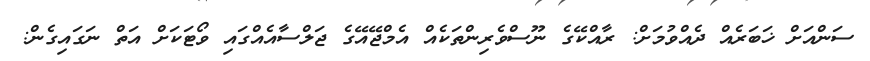
ސަންއަށް ޚަބަރެއް ދެއްވުމަށް: ރާއްކޭގެ ނޫސްވެރިންތަކެއް އެމްޖޭއޭގެ ޖަލްސާއެއްގައި ވޯޓަކަށް އަތް ނަގައިގެން: